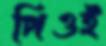
পিওই